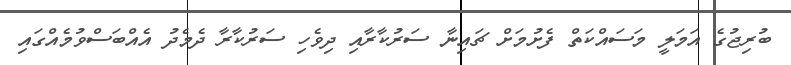
ބުރިޖުގެ އަމަލީ މަސައްކަތް ފެށުމަށް ޗައިނާ ސަރުކާރާއި ދިވެހި ސަރުކާރާ ދެމެދު އެއްބަސްވުމެއްގައި